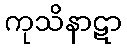
ကုသိနာဋာ